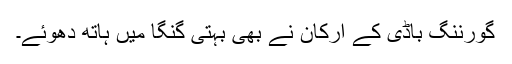
گورننگ باڈی کے ارکان نے بھی بہتی گنگا میں ہاتھ دھوئے۔